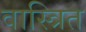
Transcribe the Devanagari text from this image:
वास्त्रित